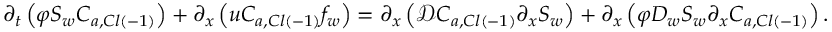
\partial _ { t } \left( \varphi S _ { w } C _ { a , C l \left( - 1 \right) } \right) + \partial _ { x } \left( u C _ { a , C l \left( - 1 \right) } f _ { w } \right) = \partial _ { x } \left( \mathcal { D } C _ { a , C l \left( - 1 \right) } \partial _ { x } S _ { w } \right) + \partial _ { x } \left( \varphi D _ { w } S _ { w } \partial _ { x } C _ { a , C l \left( - 1 \right) } \right) .